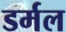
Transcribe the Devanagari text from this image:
डर्मल